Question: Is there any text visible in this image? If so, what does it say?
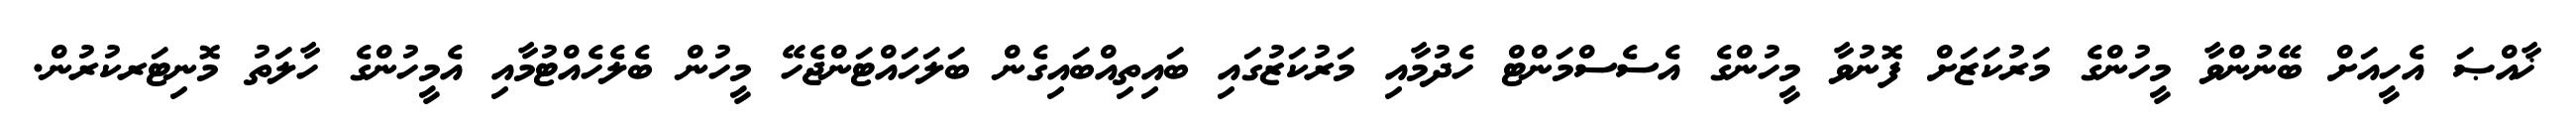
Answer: ޚާއްޞަ އެހީއަށް ބޭނުންވާ މީހުންގެ މަރުކަޒަށް ފޮނުވާ މީހުންގެ އެސެސްމަންޓް ހެދުމާއި މަރުކަޒުގައި ބައިތިއްބައިގެން ބަލަހައްޓަންޖެހޭ މީހުން ބެލެހެއްޓުމާއި އެމީހުންގެ ހާލަތު މޮނިޓަރކުރުން.